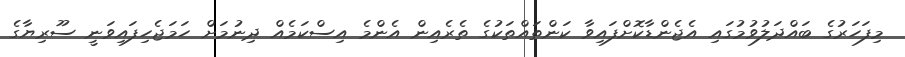
މިފަހަރުގެ ބައްދަލުވުމުގައި އެޖެންޑާކޮށްފައިވާ ކަންތައްތަކުގެ ތެރެއިން އެންމެ އިސްކަމެއް ދިނުމަށް ހަމަޖެހިފައިވަނީ ސޫރިޔާގެ